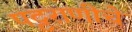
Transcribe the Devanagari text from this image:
पट्टराणीचे